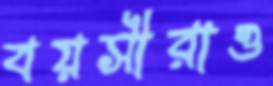
বয়সীরাও